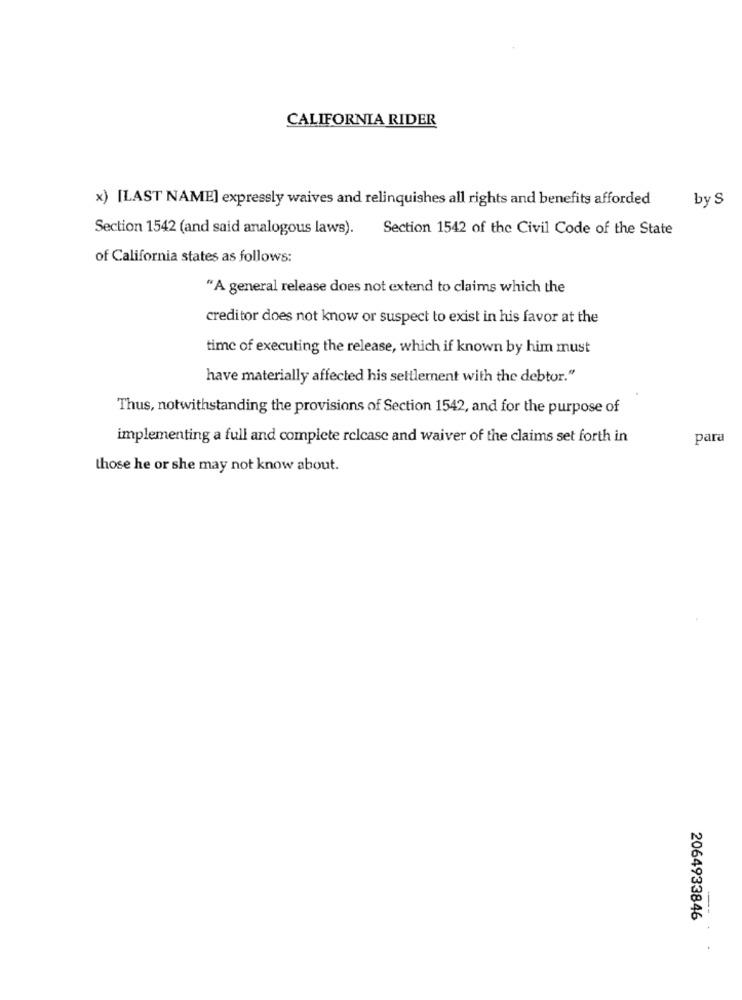
CALIFORNIA RIDER
x) [LAST NAME] expressly waives and relinquishes all rights and benefits afforded
by S
Section 1542 (and said analogous laws).
Section 1542 of the Civil Code of the State
of California states as follows:
"A general release does not extend to claims which the
creditor does not know or suspect to exist in his favor at the
time of executing the release, which if known by him must
have materially affected his settlement with the debtor."
Thus, notwithstanding the provisions of Section 1542, and for the purpose of
implementing a full and complete relcase and waiver of the claims set forth in
para
those he or she may not know about.
2064933846